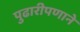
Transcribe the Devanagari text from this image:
पुढारीपणाने